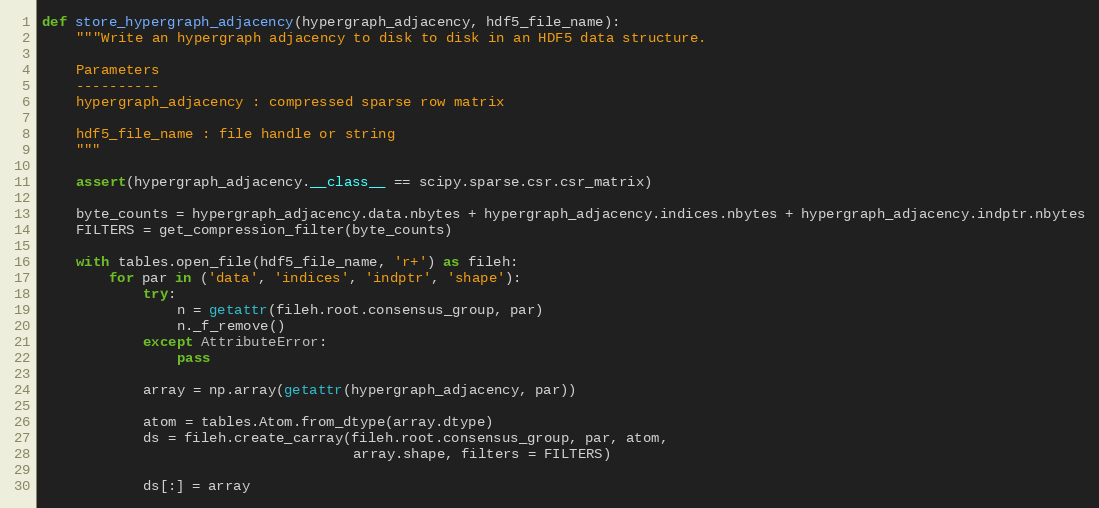
Language: Python
def store_hypergraph_adjacency(hypergraph_adjacency, hdf5_file_name):
    """Write an hypergraph adjacency to disk to disk in an HDF5 data structure.

    Parameters
    ----------
    hypergraph_adjacency : compressed sparse row matrix

    hdf5_file_name : file handle or string
    """

    assert(hypergraph_adjacency.__class__ == scipy.sparse.csr.csr_matrix)

    byte_counts = hypergraph_adjacency.data.nbytes + hypergraph_adjacency.indices.nbytes + hypergraph_adjacency.indptr.nbytes
    FILTERS = get_compression_filter(byte_counts)

    with tables.open_file(hdf5_file_name, 'r+') as fileh:
        for par in ('data', 'indices', 'indptr', 'shape'):
            try:
                n = getattr(fileh.root.consensus_group, par)
                n._f_remove()
            except AttributeError:
                pass

            array = np.array(getattr(hypergraph_adjacency, par))

            atom = tables.Atom.from_dtype(array.dtype)
            ds = fileh.create_carray(fileh.root.consensus_group, par, atom,
                                     array.shape, filters = FILTERS)

            ds[:] = array